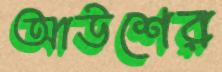
আউশের